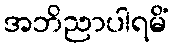
အဘိညာပါရမိံ